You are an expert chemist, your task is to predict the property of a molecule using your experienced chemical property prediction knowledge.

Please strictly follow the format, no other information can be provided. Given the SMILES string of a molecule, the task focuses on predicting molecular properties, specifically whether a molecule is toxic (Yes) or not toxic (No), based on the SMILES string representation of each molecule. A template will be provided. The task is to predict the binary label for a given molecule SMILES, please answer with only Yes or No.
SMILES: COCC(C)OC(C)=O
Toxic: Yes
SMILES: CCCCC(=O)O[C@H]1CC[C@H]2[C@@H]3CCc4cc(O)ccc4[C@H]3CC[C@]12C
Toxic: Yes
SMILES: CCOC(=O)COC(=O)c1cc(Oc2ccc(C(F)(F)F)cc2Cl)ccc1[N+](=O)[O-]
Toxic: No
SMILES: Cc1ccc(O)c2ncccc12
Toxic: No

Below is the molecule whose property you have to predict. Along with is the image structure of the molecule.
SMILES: O=C(O)c1ccc2[nH]cc(CCCCN3CC=C(c4ccccc4)CC3)c2c1
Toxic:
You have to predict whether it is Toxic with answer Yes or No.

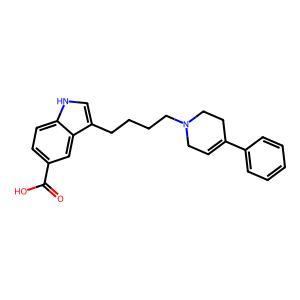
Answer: No